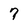
Character: 7